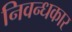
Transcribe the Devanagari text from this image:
निवन्धकार